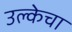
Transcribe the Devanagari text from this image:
उल्केचा